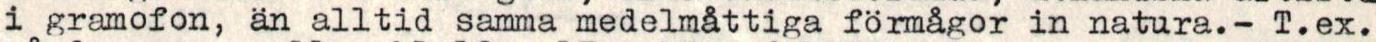
i gramofon, än alltid samma medelmåttiga förmågor in natura.- T.ex.